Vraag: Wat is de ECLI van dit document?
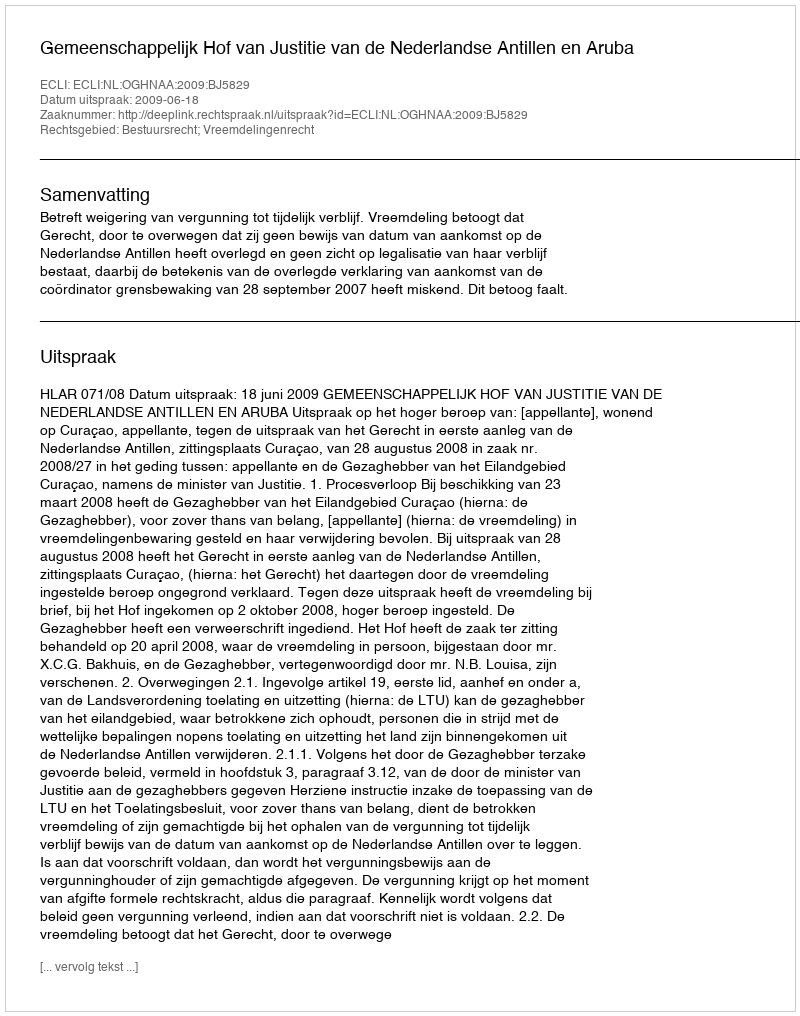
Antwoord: ECLI:NL:OGHNAA:2009:BJ5829